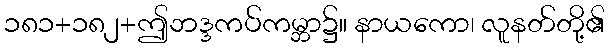
၁၈၁+၁၈၂+ဤဘဒ္ဒကပ်ကမ္ဘာ၌။ နာယကော၊ လူနတ်တို့၏